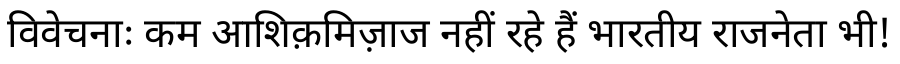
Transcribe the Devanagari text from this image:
विवेचनाः कम आशिक़मिज़ाज नहीं रहे हैं भारतीय राजनेता भी!